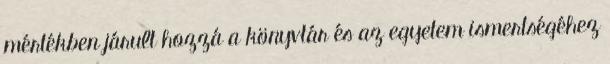
mértékben járult hozzá a könyvtár és az egyetem ismertségéhez